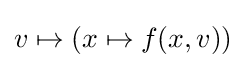
v\mapsto (x\mapsto f(x,v))